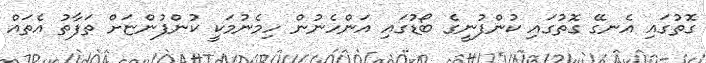
ގޮތުގައި އެނގޭ ގޮތުގައި ކުންފުނީގެ ބޯޑުގައި އަންހެނުން ހިމެނުމަކީ ކުންފުންޏަށް ތަފާތު އެތައް